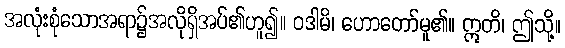
အလုံးစုံသောအရာ၌အလိုရှိအပ်၏ဟူ၍။ ဝဒါမိ၊ ဟောတော်မူ၏။ ဣတိ၊ ဤသို့။